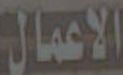
الأعمال